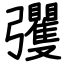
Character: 彏